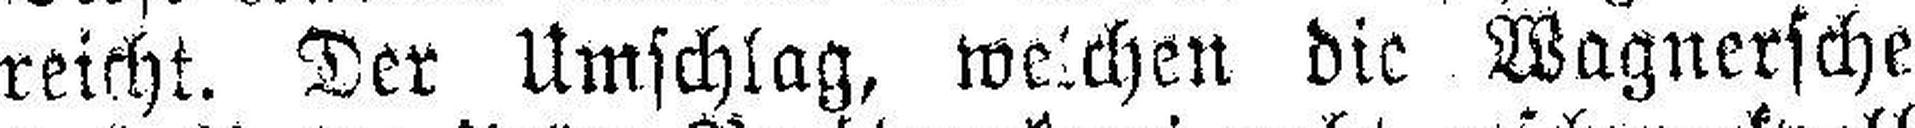
reicht. Der Umschlag, welchen die Wagnersche